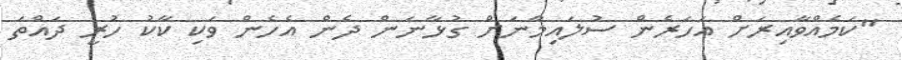
"ކަމެއްވާއިރަށް އަހަރެން ސުލައިމާނަށް ގުޅާނަން ދެން އެހެން ވަކި ކާކު ހުރީ ދައްތަ